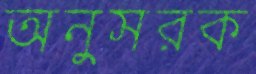
অনুসরক